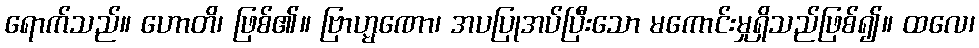
ရောက်သည်။ ဟောတိ၊ ဖြစ်၏။ ဗြာဟ္မဏော၊ အပပြုအပ်ပြီးသော မကောင်းမှုရှိသည်ဖြစ်၍။ ထလေ၊